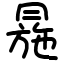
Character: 㒾